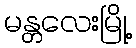
မန္တလေးမြို့